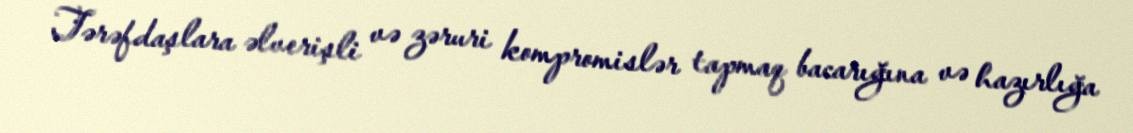
Tərəfdaşlara əlverişli və zəruri kompromislər tapmaq bacarığına və hazırlığa